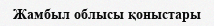
Жамбыл облысы қоныстары